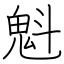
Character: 魁